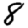
Digit: 8